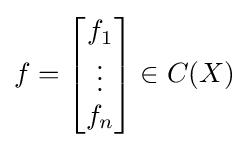
f={\begin{bmatrix}f_{1}\\\vdots \\f_{n}\end{bmatrix}}\in C(X)